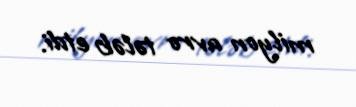
milyon avro tələb etdi.